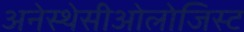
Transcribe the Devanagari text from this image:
अनेस्थेसीओलोजिस्ट